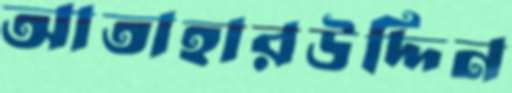
আতাহারউদ্দিন